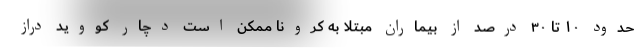
حدود ۱۰ تا ۳۰ درصد از بیماران مبتلا به کرونا ممکن است دچار کووید دراز